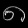
Digit: ၈